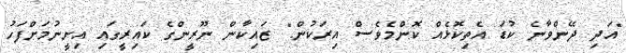
"އަދި ދޭންވާނެ ކުޑަ އެތިކޮޅެއް ކޮންމެވެސް އިރަކުން." ޒައިކާން ނޫރީންގެ ކައިރީގައި އިށީނުމަށްފަހު